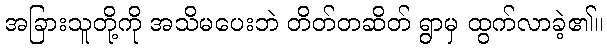
အခြားသူတို့ကို အသိမပေးဘဲ တိတ်တဆိတ် ရွာမှ ထွက်လာခဲ့၏။